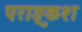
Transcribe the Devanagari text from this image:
पराङ्कुश